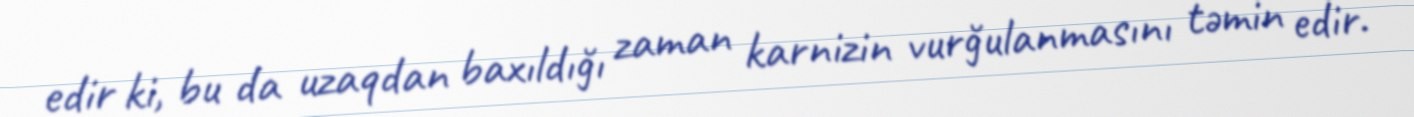
edir ki, bu da uzaqdan baxıldığı zaman karnizin vurğulanmasını təmin edir.